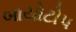
બાયોટોપ